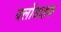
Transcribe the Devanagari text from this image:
क्लोंडाइक